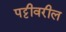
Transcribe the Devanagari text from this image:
पट्टीवरील